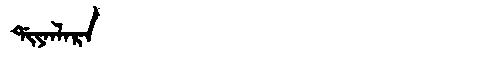
Manchu: ᡩᡳᠶᠠᠨᠯᠠᡵᠠ
Romanization: DIYANLARA